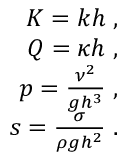
\begin{array} { r } { K = k h \; , } \\ { Q = \kappa h \; , } \\ { p = \frac { \nu ^ { 2 } } { g h ^ { 3 } } \; , } \\ { s = \frac { \sigma } { \rho g h ^ { 2 } } \; . } \end{array}